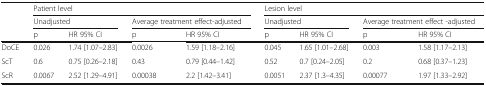
<table><thead><tr><td>[EMPTY_CELL]</td><td colspan="4"><b>Patient level</b></td><td colspan="4"><b>Lesion level</b></td></tr><tr><td>[EMPTY_CELL]</td><td colspan="2"><b>Unadjusted</b></td><td colspan="2"><b>Average treatment effect-adjusted</b></td><td colspan="2"><b>Unadjusted</b></td><td colspan="2"><b>Average treatment effect -adjusted</b></td></tr><tr><td>[EMPTY_CELL]</td><td><b>p</b></td><td><b>HR 95% CI</b></td><td><b>p</b></td><td><b>HR 95% CI</b></td><td><b>p</b></td><td><b>HR 95% CI</b></td><td><b>p</b></td><td><b>HR 95% CI</b></td></tr></thead><tbody><tr><td>DoCE</td><td>0.026</td><td>1.74 [1.07–2.83]</td><td>0.0026</td><td>1.59 [1.18–2.16]</td><td>0.045</td><td>1.65 [1.01–2.68]</td><td>0.003</td><td>1.58 [1.17–2.13]</td></tr><tr><td>ScT</td><td>0.6</td><td>0.75 [0.26–2.18]</td><td>0.43</td><td>0.79 [0.44–1.42]</td><td>0.52</td><td>0.7 [0.24–2.05]</td><td>0.2</td><td>0.68 [0.37–1.23]</td></tr><tr><td>ScR</td><td>0.0067</td><td>2.52 [1.29–4.91]</td><td>0.00038</td><td>2.2 [1.42–3.41]</td><td>0.0051</td><td>2.37 [1.3–4.35]</td><td>0.00077</td><td>1.97 [1.33–2.92]</td></tr></tbody></table>